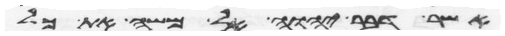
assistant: אשר דבר יהוה אל משה את כל